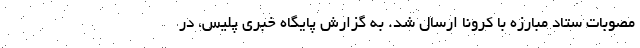
مصوبات ستاد مبارزه با کرونا ارسال شد. به گزارش پایگاه خبری پلیس، در